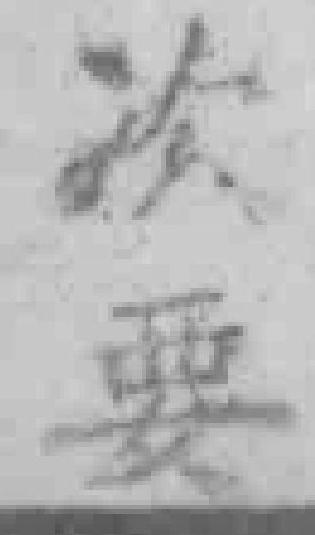
次要